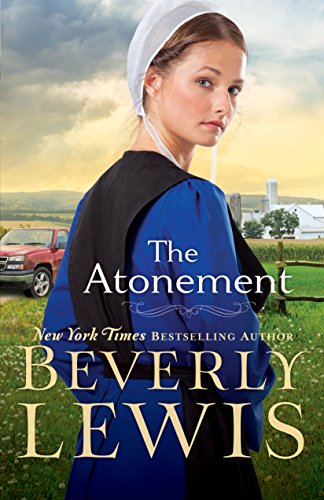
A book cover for The Atonement; Beverly Lewis; Christian Books & Bibles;